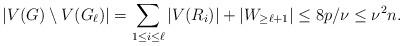
LaTeX: \begin{align*} |V(G) \setminus V(G_\ell)| &= \sum\limits_{1 \leq i \leq \ell}|V(R_i)| + |W_{\geq \ell+1}| \leq 8p/\nu \leq \nu^2 n.\end{align*}